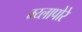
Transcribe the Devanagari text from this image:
म्य्लापोरे